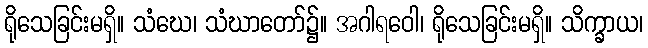
ရိုသေခြင်းမရှိ။ သံဃေ၊ သံဃာတော်၌။ အဂါရဝေါ၊ ရိုသေခြင်းမရှိ။ သိက္ခာယ၊